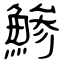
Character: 鯵